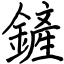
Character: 鏟